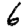
Digit: 6